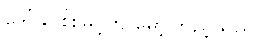
ဒေါ်ခင်စိုးမြင့်က မော့ကြည့်သည်။